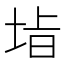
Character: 𭎡